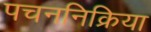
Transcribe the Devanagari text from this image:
पचननिक्रिया